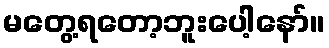
မတွေ့ရတော့ဘူးပေါ့နော်။